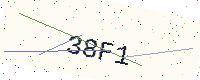
Text: 38F1